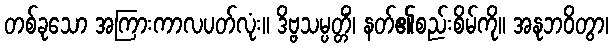
တစ်ခုသော အကြားကာလပတ်လုံး။ ဒိဗ္ဗသမ္ပတ္တိံ၊ နတ်၏စည်းစိမ်ကို။ အနုဘဝိတွာ၊